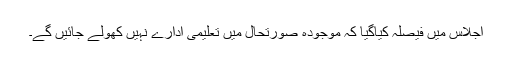
اجلاس میں فیصلہ کیاگیا کہ موجودہ صورتحال میں تعلیمی ادارے نہیں کھولے جائیں گے۔